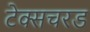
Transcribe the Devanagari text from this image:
टेक्सचरड